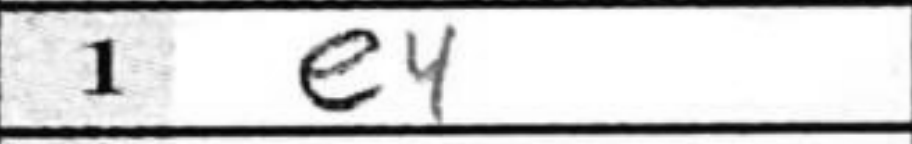
Transcription: e4